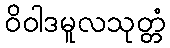
ဝိဝါဒမူလသုတ္တံ